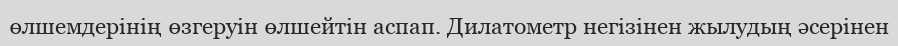
өлшемдерінің өзгеруін өлшейтін аспап. Дилатометр негізінен жылудың әсерінен